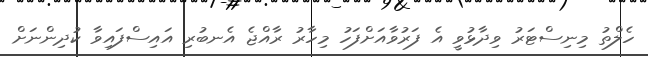
ހެލްތު މިނިސްޓަރު ވިދާޅުވީ އެ ފަރުވާއަށްފަހު މިހާރު ރާއްޖެ އެނބުރި އައިސްފައިވާ ކުދިންނަށް